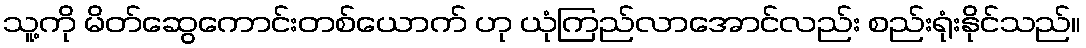
သူ့ကို မိတ်ဆွေကောင်းတစ်ယောက် ဟု ယုံကြည်လာအောင်လည်း စည်းရုံးနိုင်သည်။